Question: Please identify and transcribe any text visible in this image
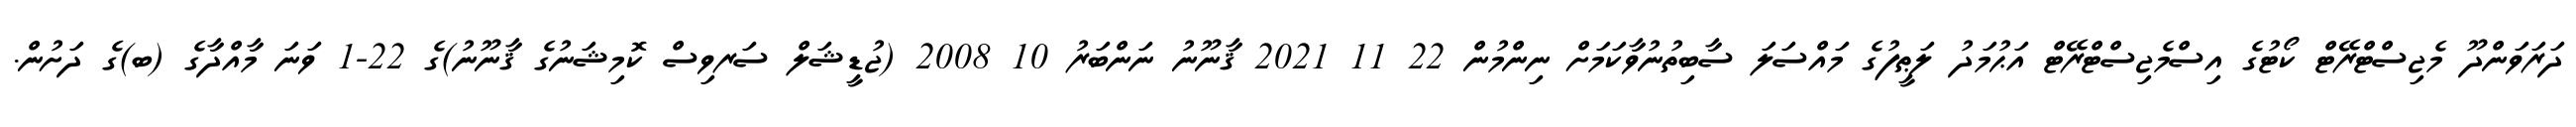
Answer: ދަރަވަންދޫ މެޖިސްޓްރޭޓް ކޯޓުގެ އިސްމެޖިސްޓްރޭޓް އަޙުމަދު ލަޠީފުގެ މައްސަލަ ސާބިތުނުވާކަމަށް ނިންމުން 22 11 2021 ޤާނޫނު ނަންބަރު 10 2008 (ޖުޑީޝަލް ސަރވިސް ކޮމިޝަނުގެ ޤާނޫނު)ގެ 22-1 ވަނަ މާއްދާގެ (ބ)ގެ ދަށުން.